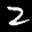
Label: 2